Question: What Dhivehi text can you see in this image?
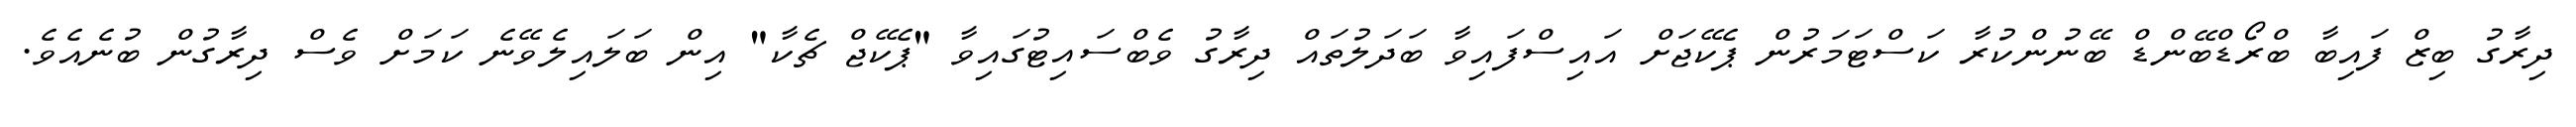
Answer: ދިރާގު ބިޒް ފައިބާ ބްރޯޑްބޭންޑް ބޭނުންކުރާ ކަސްޓަމަރުން ޕެކޭޖަށް އައިސްފައިވާ ބަދަލުތައް ދިރާގު ވެބްސައިޓުގައިވާ "ޕެކޭޖް ޗެކާ" އިން ބަލައިލެވޭނެ ކަމަށް ވެސް ދިރާގުން ބުނެއެވެ.